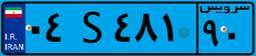
۷۷S۹۸۵۷۳